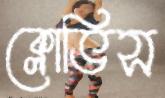
ক্লোভিস